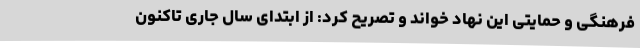
فرهنگی و حمایتی این نهاد خواند و تصریح کرد: از ابتدای سال جاری تاکنون